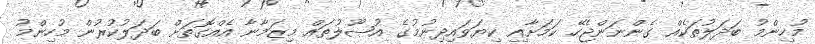
މުހިންމު ބަދަލުތަކެއް ގެންނަންޖެހޭ ކަމަށާއި ކިޔަވައިދިނުމުގެ އުޞޫލުތައް މިޒަމާނާ އެއްގޮތަށް ބަދަލުކުރުން މުހިންމު